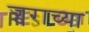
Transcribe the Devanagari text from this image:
ज्वराच्या